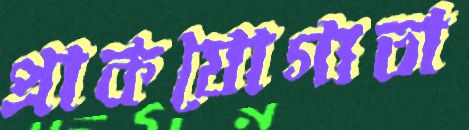
প্রাকযোগ্যতা